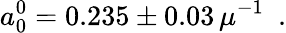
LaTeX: a_{0}^{0}=0.235\pm 0.03\, \mu^{-1}\enspace.